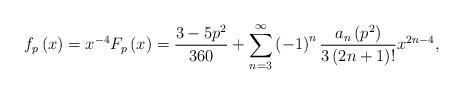
LaTeX: \begin{align*}f_{p}\left( x\right) =x^{-4}F_{p}\left( x\right) =\frac{3-5p^{2}}{360}+\sum_{n=3}^{\infty }\left( -1\right) ^{n}\frac{a_{n}\left( p^{2}\right) }{3\left( 2n+1\right) !}x^{2n-4}, \end{align*}